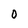
Character: O